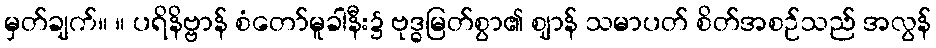
မှတ်ချက်။ ။ ပရိနိဗ္ဗာန် စံတော်မူခါနီး၌ ဗုဒ္ဓမြတ်စွာ၏ ဈာန် သမာပတ် စိတ်အစဉ်သည် အလွန်